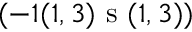
( - 1 ( 1 , 3 ) \textrm { s } ( 1 , 3 ) )